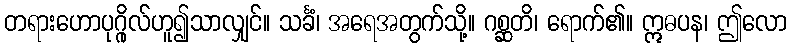
တရားဟောပုဂ္ဂိုလ်ဟူ၍သာလျှင်။ သင်္ခံ၊ အရေအတွက်သို့။ ဂစ္ဆတိ၊ ရောက်၏။ ဣဓပန၊ ဤလော